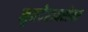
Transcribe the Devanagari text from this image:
मृतदेहाबरोबर